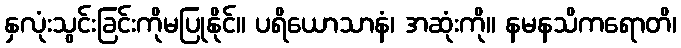
နှလုံးသွင်းခြင်းကိုမပြုနိုင်။ ပရိယောသာနံ၊ အဆုံးကို။ နမနသိကရောတိ၊